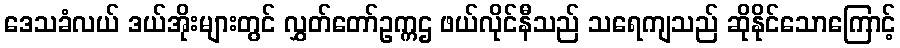
ဒေသခံလယ် ဒယ်အိုးများတွင် လွှတ်တော်ဥက္ကဌ ဖယ်လိုင်နီသည် သရေကျသည် ဆိုနိုင်သောကြောင့်